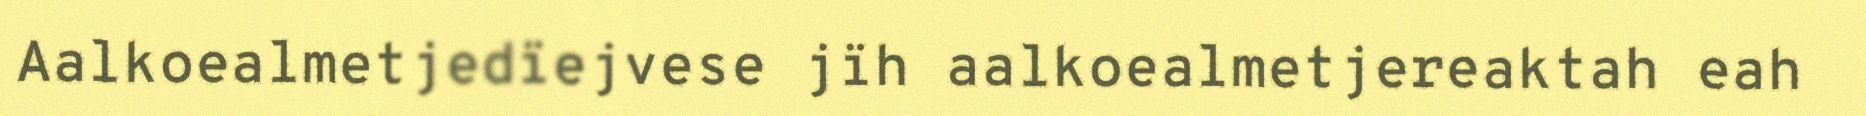
Aalkoealmetjedïejvese jïh aalkoealmetjereaktah eah